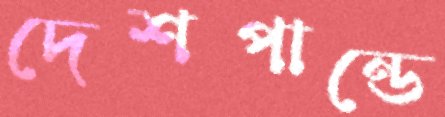
দেশপান্ডে